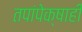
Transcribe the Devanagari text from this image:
तपांपेक्षाही